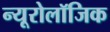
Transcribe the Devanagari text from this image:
न्यूरोलॉजिक